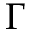
\Gamma